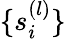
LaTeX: \{ s_{i}^{(l)}\}